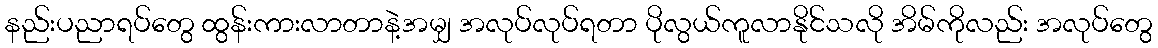
နည်းပညာရပ်တွေ ထွန်းကားလာတာနဲ့အမျှ အလုပ်လုပ်ရတာ ပိုလွယ်ကူလာနိုင်သလို အိမ်ကိုလည်း အလုပ်တွေ